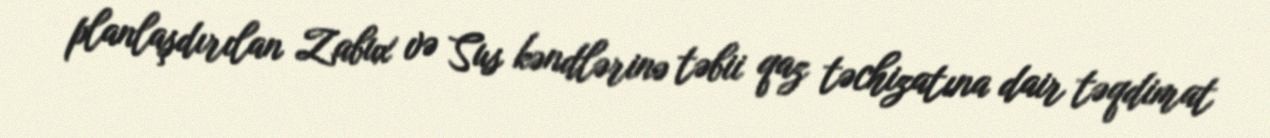
planlaşdırılan Zabux və Sus kəndlərinə təbii qaz təchizatına dair təqdimat